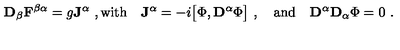
{ \bf D } _ { \beta } { \bf F } ^ { \beta \alpha } = g { \bf J } ^ { \alpha } \ , \mathrm { w i t h } \quad { \bf J } ^ { \alpha } = - i \bigl [ \Phi , { \bf D } ^ { \alpha } \Phi \bigr ] \ , \quad { \mathrm { a n d } } \quad { \bf D } ^ { \alpha } { \bf D } _ { \alpha } \Phi = 0 \ .